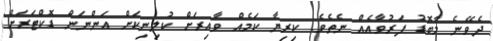
ދެވޭނެ މާބޮޑު ފަރުވާއެއް ނެތެވެ. ކިރިޔާ ކަމެއް ވާއިރަށް ކުލިނިކަށް އަންނަން ޑޮކްޓަރަށް